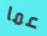
عما